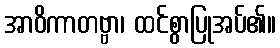
အာဝိကာတဗ္ဗာ၊ ထင်စွာပြုအပ်၏။